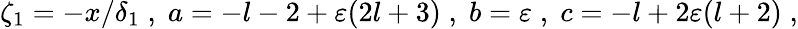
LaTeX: \zeta_{1}=-x/\delta_{1}\; ,\; a=-l-2+\varepsilon(2l+3)\; ,\; b=\varepsilon\; ,\; c=-l+2\varepsilon(l+2)\; ,